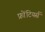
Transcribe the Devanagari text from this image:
फ्रोंटियर्स